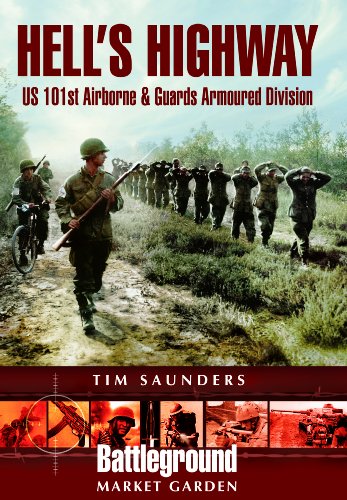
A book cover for HELL'S  HIGHWAY: U.S. 101st Airborne -1944 (Battleground Europe); Tim Saunders; Travel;